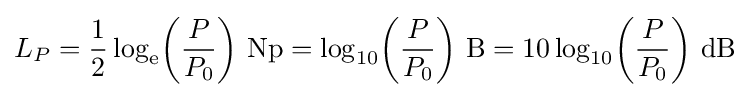
L_{P}={\frac {1}{2}}\log _{\mathrm {e} }\!\left({\frac {P}{P_{0}}}\right)\!~\mathrm {Np} =\log _{10}\!\left({\frac {P}{P_{0}}}\right)\!~\mathrm {B} =10\log _{10}\!\left({\frac {P}{P_{0}}}\right)\!~\mathrm {dB}